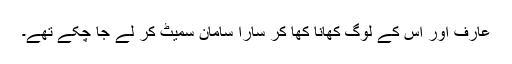
عارف اور اس کے لوگ کھانا کھا کر سارا سامان سمیٹ کر لے جا چکے تھے۔